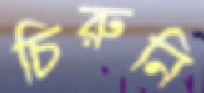
চিরুনি